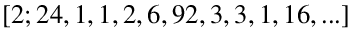
[ 2 ; 2 4 , 1 , 1 , 2 , 6 , 9 2 , 3 , 3 , 1 , 1 6 , . . . ]